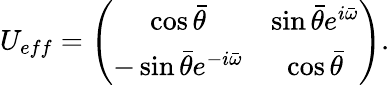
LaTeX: U_{eff}=\left(\begin{array}{cc}{{\cos\bar{\theta}}}&{{\sin\bar{\theta}e^{i\bar{\omega}}}}\\ {{-\sin\bar{\theta}e^{-i\bar{\omega}}}}&{{\cos\bar{\theta}}}\end{array}\right).